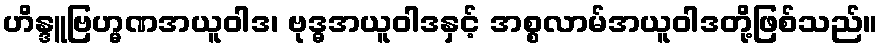
ဟိန္ဒူဗြဟ္မဏအယူဝါဒ၊ ဗုဒ္ဓအယူဝါဒနှင့် အစ္စလာမ်အယူဝါဒတို့ဖြစ်သည်။